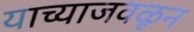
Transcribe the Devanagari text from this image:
याच्याजवळून